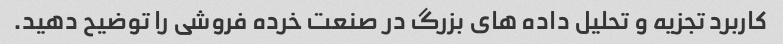
کاربرد تجزیه و تحلیل داده های بزرگ در صنعت خرده فروشی را توضیح دهید.